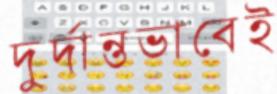
দুর্দান্তভাবেই